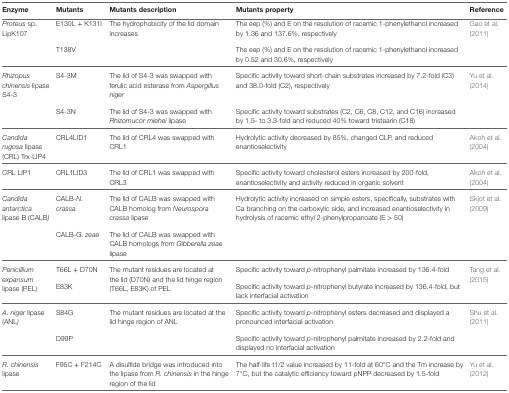
<table><thead><tr><td><b>Enzyme</b></td><td><b>Mutants</b></td><td><b>Mutants description</b></td><td><b>Mutants property</b></td><td><b>Reference</b></td></tr></thead><tbody><tr><td rowspan="2"><i>Proteus</i> sp. LipK107</td><td>E130L + K131I</td><td rowspan="2">The hydrophobicity of the lid domain increases</td><td>The eep (%) and E on the resolution of racemic 1-phenylethanol increased by 1.36 and 137.6%, respectively</td><td rowspan="2">Gao et al. (2011)</td></tr><tr><td>T138V</td><td>The eep (%) and E on the resolution of racemic 1-phenylethanol increased by 0.52 and 30.6%, respectively</td></tr><tr><td rowspan="2"><i>Rhizopus chinensis</i> lipase S4-3</td><td>S4-3M</td><td>The lid of S4-3 was swapped with ferulic acid esterase from <i>Aspergillus niger</i></td><td>Specific activity toward short-chain substrates increased by 7.2-fold (C3) and 38.0-fold (C2), respectively</td><td rowspan="2">Yu et al. (2014)</td></tr><tr><td>S4-3N</td><td>The lid of S4-3 was swapped with <i>Rhizomucor miehei</i> lipase</td><td>Specific activity toward substrates (C2, C6, C8, C12, and C16) increased by 1.5- to 3.3-fold and reduced 40% toward tristearin (C18)</td></tr><tr><td><i>Candida rugosa</i> lipase (CRL) Trx-LIP4</td><td>CRL4LID1</td><td>The lid of CRL4 was swapped with CRL1</td><td>Hydrolytic activity decreased by 85%, changed CLP, and reduced enantioselectivity</td><td>Akoh et al. (2004)</td></tr><tr><td>CRL LIP1</td><td>CRL1LID3</td><td>The lid of CRL1 was swapped with CRL3</td><td>Specific activity toward cholesterol esters increased by 200-fold, enantioselectivity and activity reduced in organic solvent</td><td>Akoh et al. (2004)</td></tr><tr><td rowspan="2"><i>Candida antarctica</i> lipase B (CALB)</td><td>CALB-<i>N. crassa</i></td><td>The lid of CALB was swapped with CALB homolog from <i>Neurospora crassa</i> lipase</td><td rowspan="2">Hydrolytic activity increased on simple esters, specifically, substrates with Ca branching on the carboxylic side, and increased enantioselectivity in hydrolysis of racemic ethyl 2-phenylpropanoate (E &gt; 50)</td><td rowspan="2">Skjot et al. (2009)</td></tr><tr><td>CALB-<i>G. zeae</i></td><td>The lid of CALB was swapped with CALB homologs from <i>Gibberella zeae</i> lipase</td></tr><tr><td rowspan="2"><i>Penicillium expansum</i> lipase (PEL)</td><td>T66L + D70N</td><td rowspan="2">The mutant residues are located at the lid (D70N) and the lid hinge region (T66L, E83K) of PEL</td><td>Specific activity toward <i>p</i>-nitrophenyl palmitate increased by 136.4-fold</td><td rowspan="2">Tang et al. (2015)</td></tr><tr><td>E83K</td><td>Specific activity toward <i>p</i>-nitrophenyl butyrate increased by 136.4-fold, but lack interfacial activation</td></tr><tr><td rowspan="2"><i>A. niger</i> lipase (ANL)</td><td>S84G</td><td rowspan="2">The mutant residues are located at the lid hinge region of ANL</td><td>Specific activity toward <i>p</i>-nitrophenyl esters decreased and displayed a pronounced interfacial activation</td><td rowspan="2">Shu et al. (2011)</td></tr><tr><td>D99P</td><td>Specific activity toward <i>p</i>-nitrophenyl palmitate increased by 2.2-fold and displayed no interfacial activation</td></tr><tr><td><i>R. chinensis</i> lipase</td><td>F95C + F214C</td><td>A disulfide bridge was introduced into the lipase from <i>R. chinensis</i> in the hinge region of the lid</td><td>The half-life t1/2 value increased by 11-fold at 60°C and the Tm increase by 7°C, but the catalytic efficiency toward pNPP decreased by 1.5-fold</td><td>Yu et al. (2012)</td></tr></tbody></table>